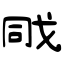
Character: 戙